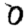
Digit: 0